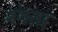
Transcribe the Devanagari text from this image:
नंगता